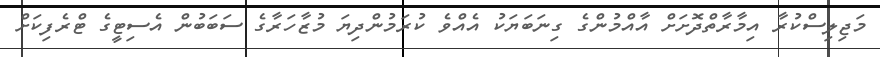
މަޖިލިސްކުރާ އިމާރާތްދޮށަށް އާއްމުންގެ ގިނަބަޔަކު އެއްވެ ކުރަމުންދިޔަ މުޒާހަރާގެ ސަބަބުން އެސިޓީގެ ޓްރެފިކަށް